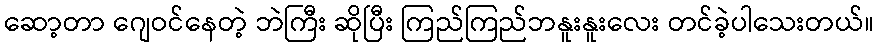
ဆော့တာ ဂျေဝင်နေတဲ့ ဘဲကြီး ဆိုပြီး ကြည်ကြည်ဘနူးနူးလေး တင်ခဲ့ပါသေးတယ်။